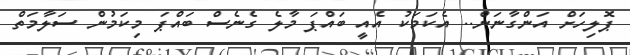
ޕޮލިހަށް އަންގާނަން.. އެކަމަކު އެއީ ބައްޕަ މާލެ ގެނެސް ބައްޕަ މިކަމުން ސަލާމަތް